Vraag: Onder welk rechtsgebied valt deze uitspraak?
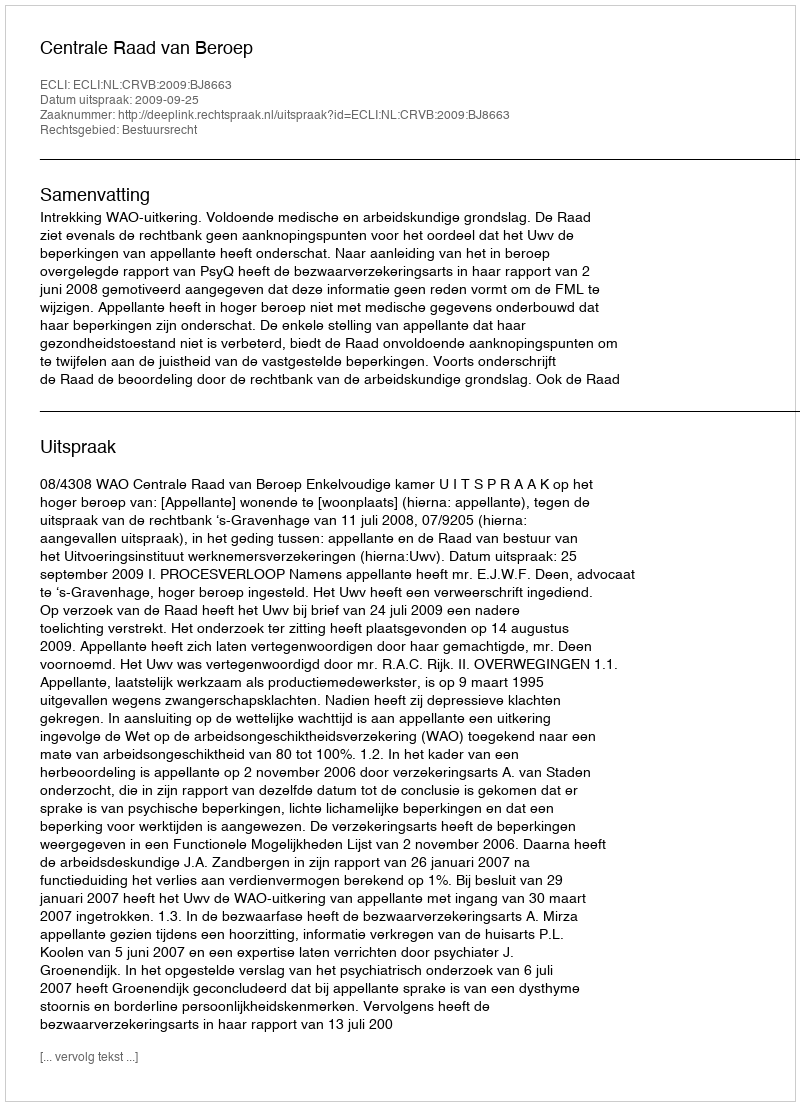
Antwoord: Bestuursrecht